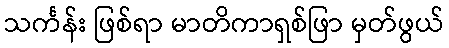
သင်္ကန်း ဖြစ်ရာ မာတိကာရှစ်ဖြာ မှတ်ဖွယ်